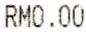
RM0.00